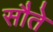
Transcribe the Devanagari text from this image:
सौते